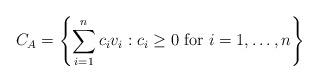
LaTeX: \begin{align*}C_{A}=\left\{\sum_{i=1}^n c_{i}v_{i}: c_{i}\geq0 \mbox{ for } i= 1,\dots, n \right\}\end{align*}